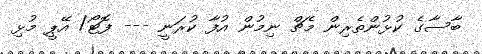
ބާސާގެ ކުޅުންތެރިން މެޗް ނިމުން އުފާ ކުރަނީ --- ފޮޓޯ/ އޭޕީ މުޅި